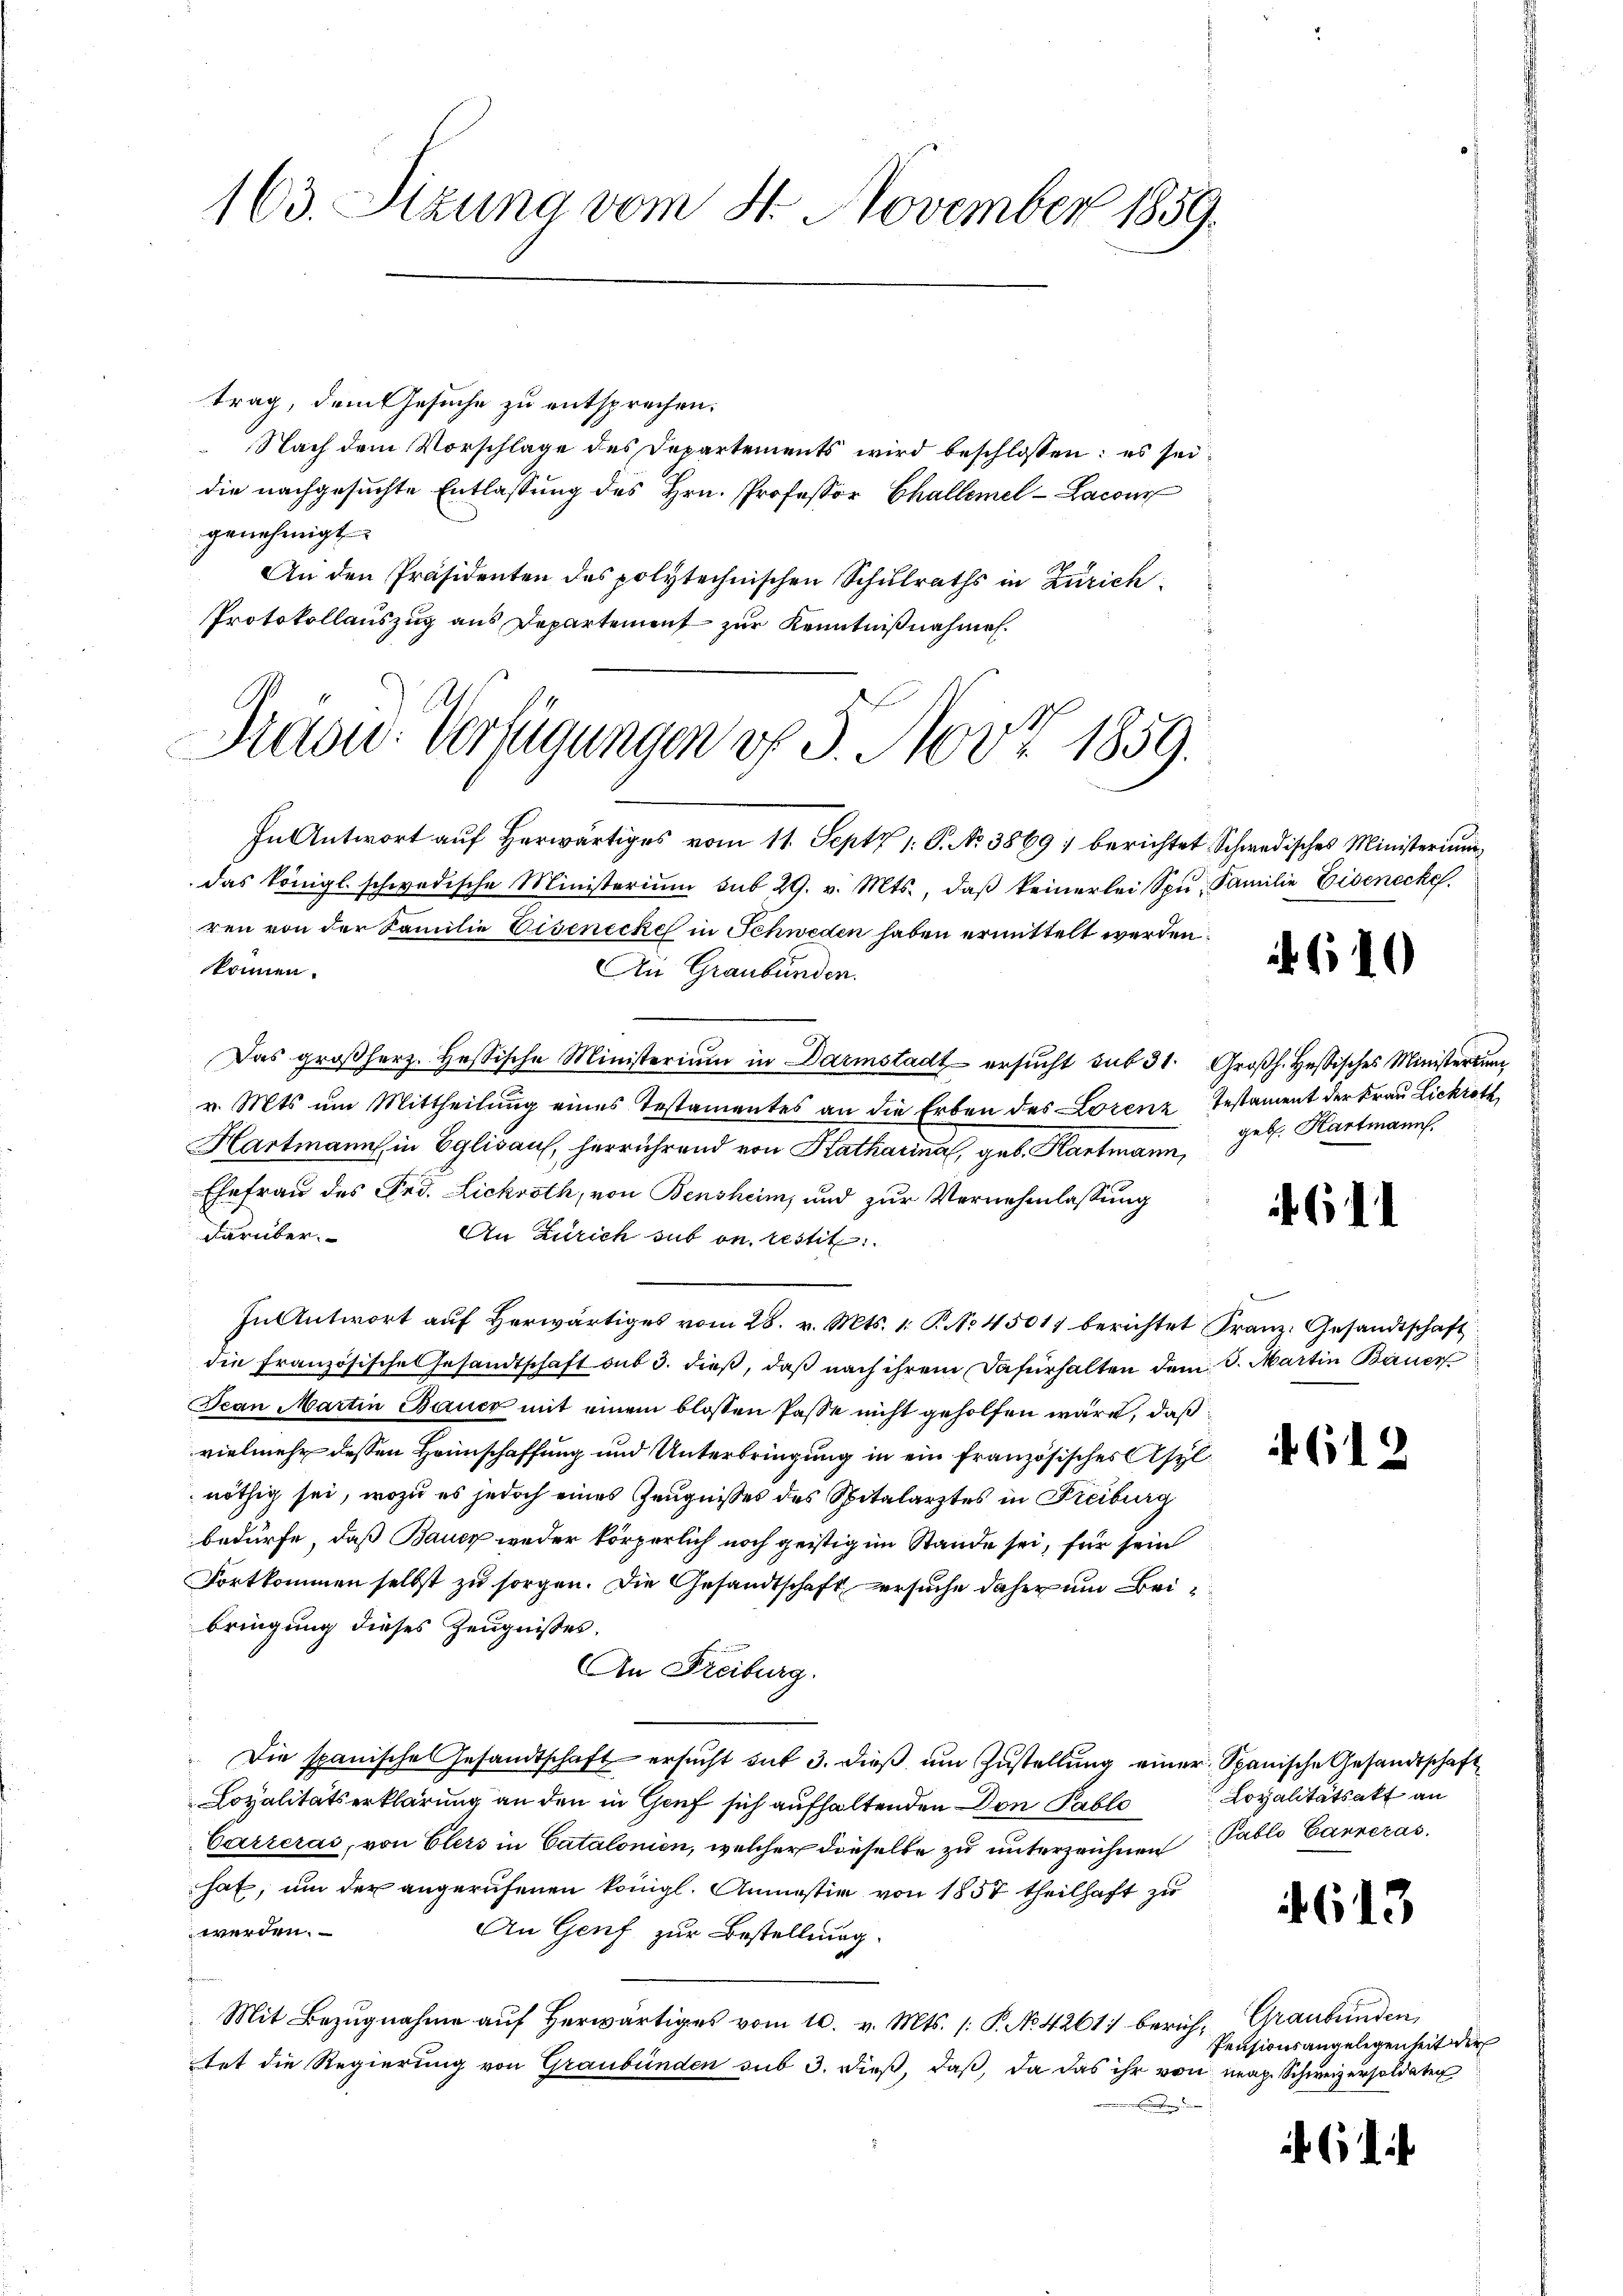
163. Sizung vom 8. November 1859.

trag, dem Gesuche zu entsprechen.
 Nach dem Vorschlage des Departements wird beschlossen: es sei
die nachgesuchte Entlassung des Hrn. Professor Challemel-Lacour
genehmigt.
An den Präsidenten des polytechnischen Schulraths in Zürich
Protokollauszug aus Departement zur Kenntnißnahmen.

Präsid-Verfügungen v. 5. Nov 1859.

In Antwort auf herwärtiges vom 11. Septz 1. P. Nr. 3869) berichtet Schwedisches Ministerium
das königl. schwedische Ministerium sub 29. v. Mts., daβ keinerlei Spŭ- Familie Eisenecke.
ren von der Familie Eisenecke in Schweden haben ermittelt werden.
können.
An Graubünden.
Das großherz. Hessische Ministerium in Darmstadt ersŭcht sub 31. Großh. Heßisches Ministertum
v. Mts um Mittheilung eines Testamentes an die Erben des Lorenz Testament der Frau Lickroth
Hartmann, in Eglisauf, herrührend von Katharina, geb. Kartmann,
Ehefrau des Frd. Lickroth, von Bensheim, und zur Vernehmlassung
darüber.
An Zürich sub on restit
In Antwort aŭf herwärtiges vom 28. v. Mts. 1. P. No. 45017 berichtet Franz. Gesandtschaft
die Französische Gesandtschaft aus 3. dieß, daß nach ihrem Dafürhalten dem 8. Martin Bauer
Jean Martin Bauer mit einem blossen Pässe nicht geholfen wäre, daß
vielmehr dessen Hannschaffung und Unterbringung in ein französisches Asyl
nöthig sei, wozu es jedoch eines Zeugnisses des Spitalarztes in Freiburg
bedürfe, daß Bauer weder körperlich noch geistig im Stande sei, für sein
Fortkommen selbst zu sorgen. Die Gesandtschaft ersuche daher um Beibringung dieses Zeugnisses.
An Freiburg.
Die spanische Gesandtschaft ersucht sit 3. dieß um Zustellung einer Spanische Gesandtschaft
Loyalitätserklärung an den in Genf sich aufhaltenden Don Pablo Lopalitätsakt an
Carreras, von Elers in Catalonien, welcher dieselbe zu unterzeichnen Pablo Canzeras
hat, um der angerufenen königl. Anmassiv von 1857 theilhaft zu
werden.
An Genf zur Bestellung.
Mit Bezugnahme aŭf herwärtiges vom 10. v. Mts. /: P. No. 4261) berich, Graubünden,
tet die Regierung von Graubünden sub 3. dieß, daß, da das ihr von mag. Schweizersoldaten

61

geb. Kartmann.

615

4613

5

)

.

i

Pensionsangelegenheit der